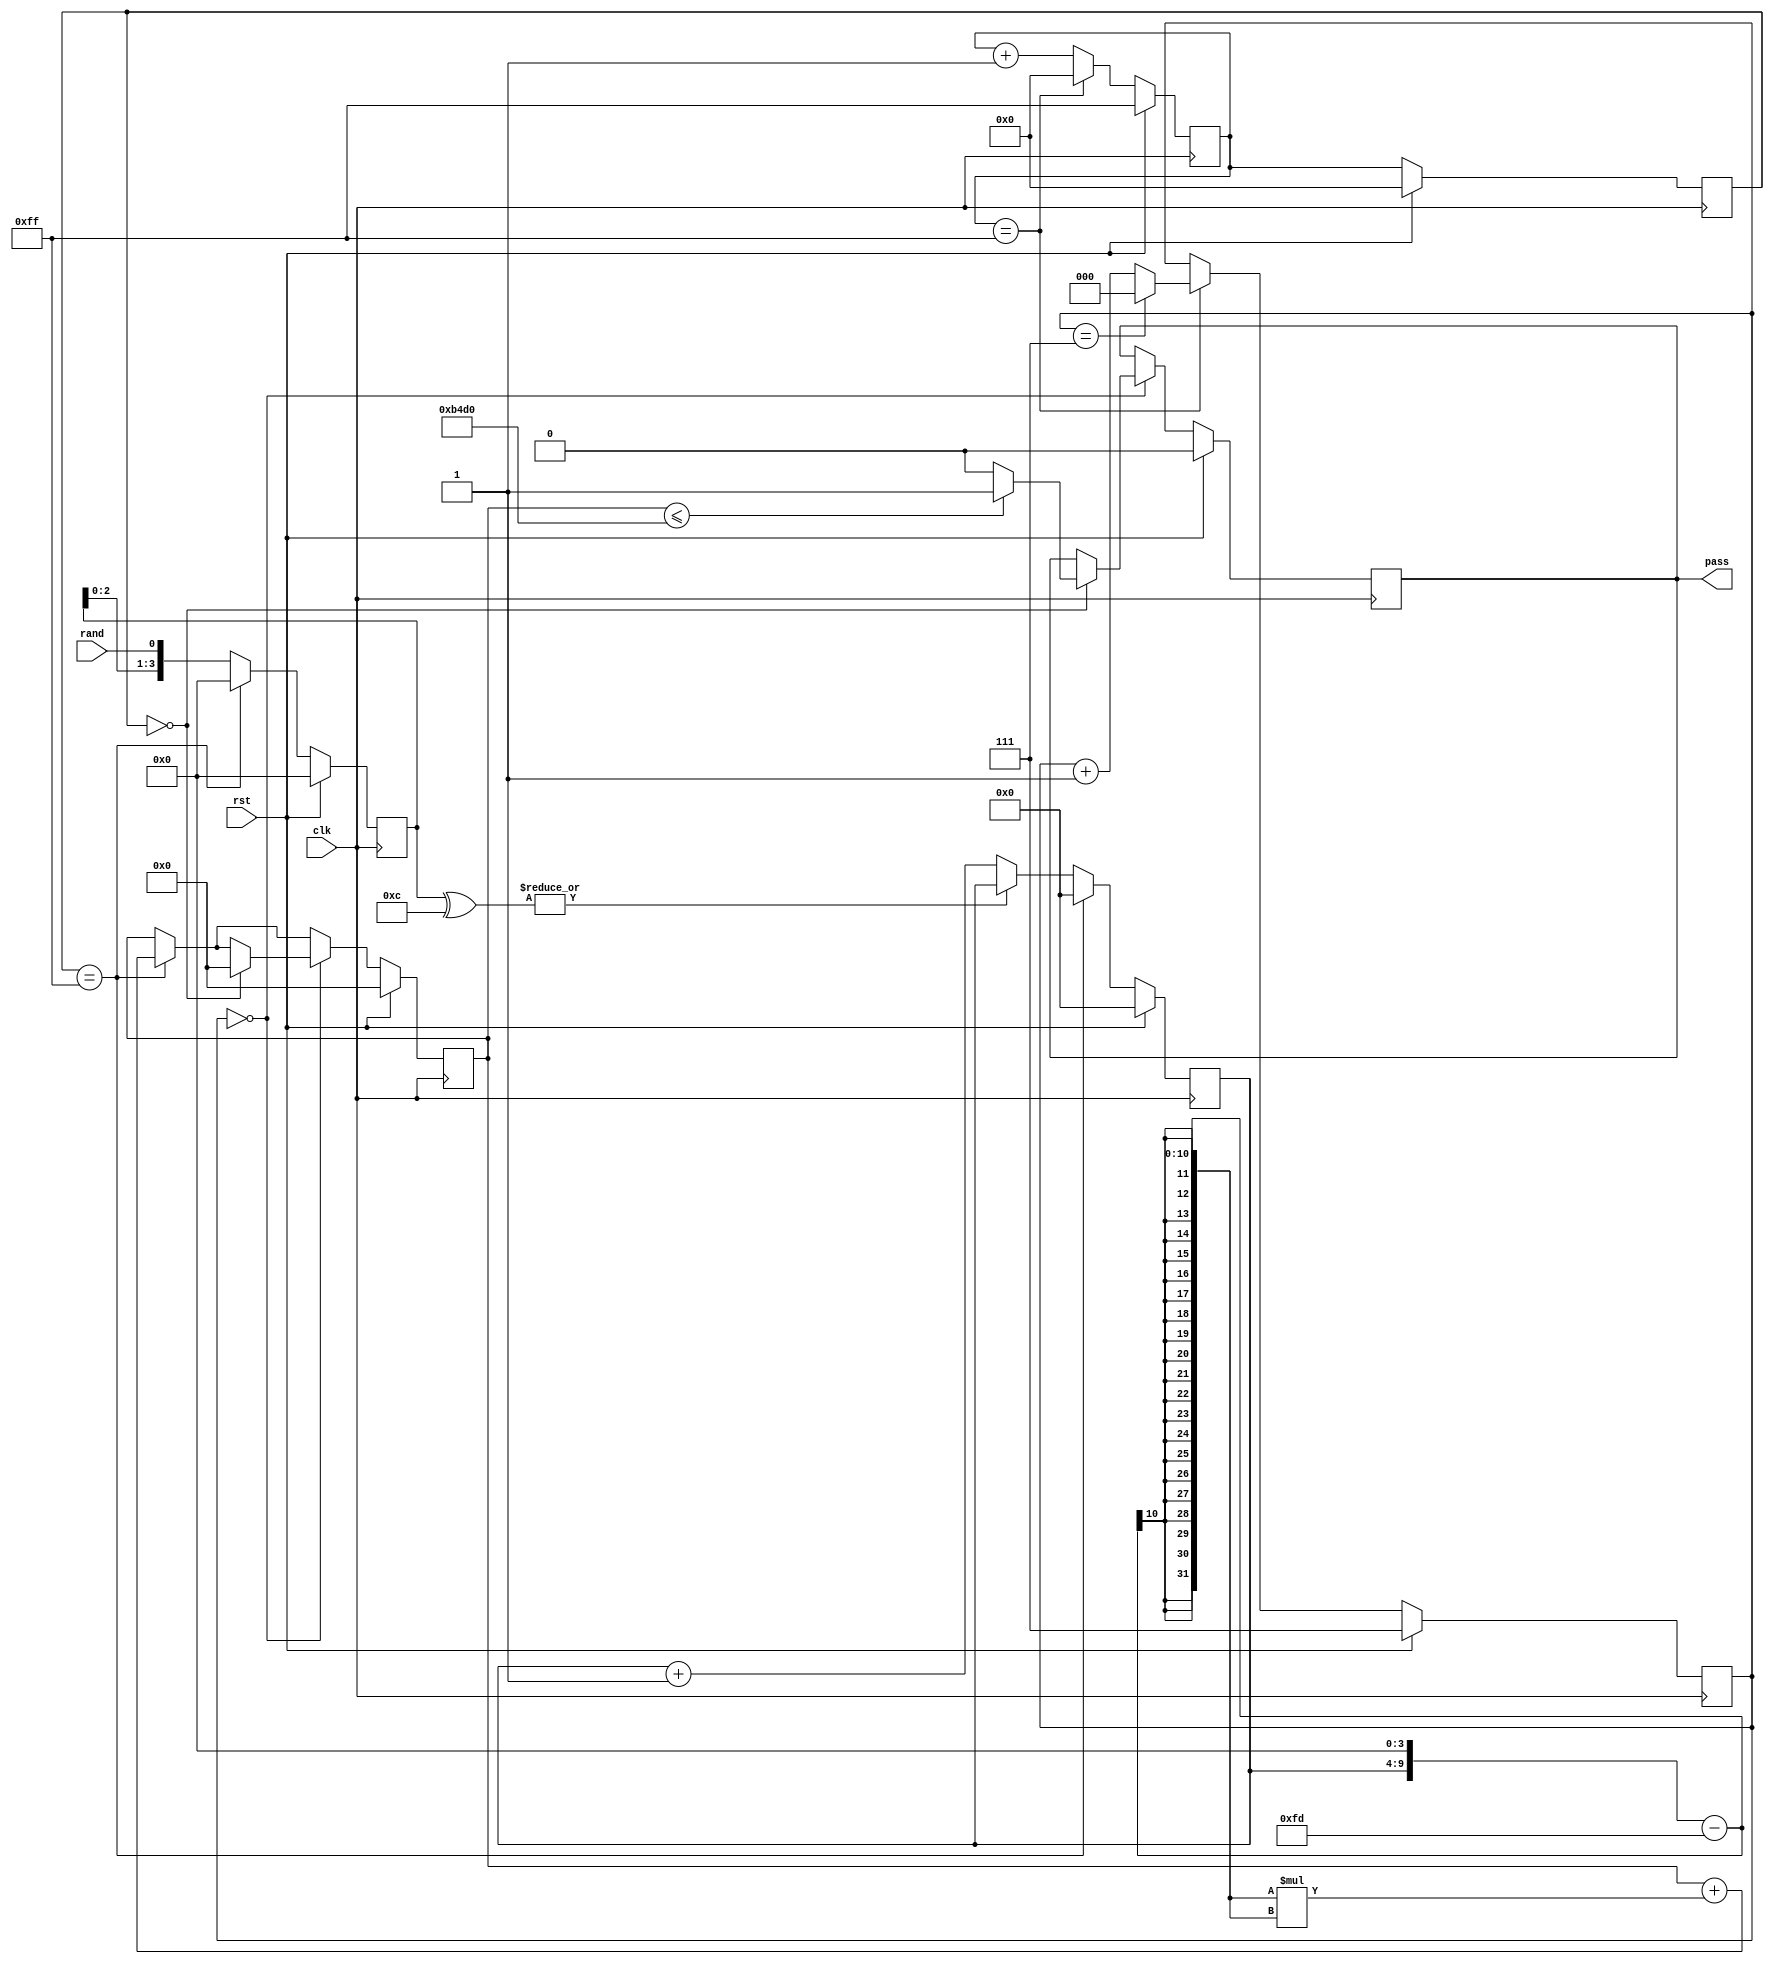
module Nonoverlapping_template(
    input wire clk,
	 input wire rst,
    input wire rand,
    output reg pass
    );
	 
parameter n = 8, M = 256, m = 4, B = 4'b1100, mu = 253, r = 4, U = 46288;

reg [7:0] count_bits0, count_bits1;
reg [5:0] count_match;
reg [2:0] count_blocks;
reg [21:0] chi_sqr; 
reg [m-1:0] cap; 

always @(posedge clk)
	if (rst) begin
		count_bits0 <= 8'HFF;
		count_bits1 <= 0;
		count_blocks <= 8'HFF;
		count_match <= 0;
		cap <= 0;
		chi_sqr <= 0;
		pass <= 0;
	end
	else begin
		count_bits0 <= count_bits0 + 1; 
		if (count_bits0 == (M-1)) begin
			count_bits0 <= 0;
			count_blocks <= count_blocks + 1;
			if (count_blocks == (n-1)) begin
				count_blocks <= 0; 
			end
		end
		count_bits1 <= count_bits0;
		
		cap <= {cap[m-2:0],rand};
		if (~(|(cap^B))) count_match <= count_match + 1;		
		if (count_bits1 == (M-1)) begin
			cap <= 0;
			count_match <= 0;
			chi_sqr <= chi_sqr + ((count_match << r) - mu)*((count_match << r) - mu);
		end
		
		if (count_blocks == 0)
			if (count_bits1 == 0)			
			begin
				chi_sqr <= 0;
				if (chi_sqr <= U) pass <= 1;
				else pass <= 0;
			end
		
	end
	
endmodule